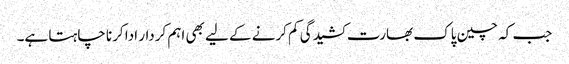
جب کہ چین پاک بھارت کشیدگی کم کرنے کے لیے بھی اہم کردار ادا کرنا چاہتا ہے۔